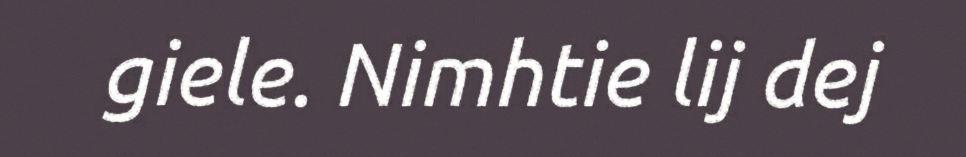
giele. Nimhtie lij dej